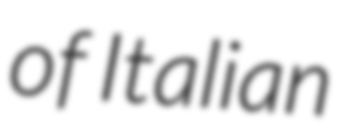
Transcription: of Italian